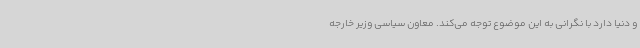
و دنیا دارد با نگرانی به این موضوع توجه می‌کند. معاون سیاسی وزیر خارجه